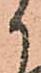
候